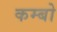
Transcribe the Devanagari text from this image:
कम्बो